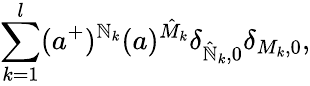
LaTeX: \sum_{k=1}^{l}(a^{+})^{\mathbb{N}_{k}}(a)^{\hat{{M}}_{k}}\delta_{\hat{{\mathbb{N}}}_{k},0}\delta_{M_{k},0},